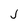
Character: J